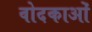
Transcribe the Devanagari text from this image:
वोदकाओं